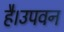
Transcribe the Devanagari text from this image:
है।उपवन